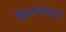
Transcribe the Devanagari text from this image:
केशवाचार्य